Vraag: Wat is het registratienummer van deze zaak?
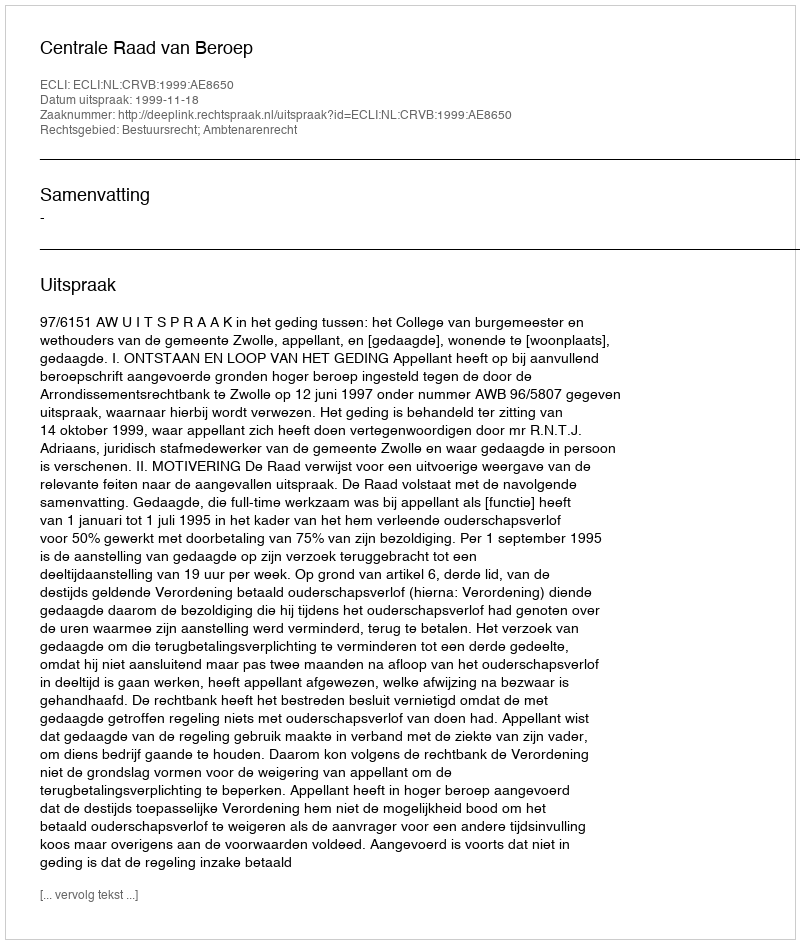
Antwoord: http://deeplink.rechtspraak.nl/uitspraak?id=ECLI:NL:CRVB:1999:AE8650